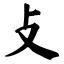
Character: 攴